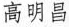
高明昌